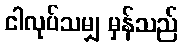
ငါလုပ်သမျှ မှန်သည်